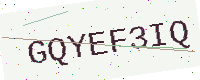
Text: GQYEF3IQ